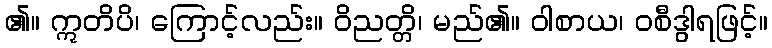
၏။ ဣတိပိ၊ ကြောင့်လည်း။ ဝိညတ္တိ၊ မည်၏။ ဝါစာယ၊ ဝစီဒွါရဖြင့်။